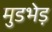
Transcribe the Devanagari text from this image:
मुडभेड़